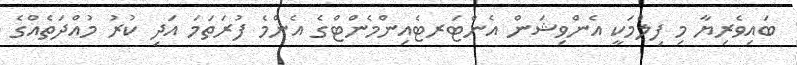
ބައިވެރިޔާ މި ފިލްމަކީ އެންވިޝަން އެންޓަރޓެއިންމެންޓްގެ އެންމެ ފުރަތަމަ އަދި ކުރު މުއްދަތެއްގެ